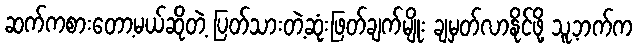
ဆက်ကစားတော့မယ်ဆိုတဲ့ ပြတ်သားတဲ့ဆုံးဖြတ်ချက်မျိုး ချမှတ်လာနိုင်ဖို့ သူ့ဘက်က